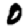
Digit: 0